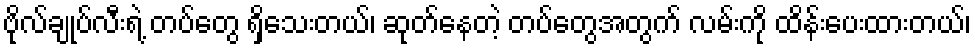
ဗိုလ်ချုပ်လီးရဲ့ တပ်တွေ ရှိသေးတယ်၊ ဆုတ်နေတဲ့ တပ်တွေအတွက် လမ်းကို ထိန်းပေးထားတယ်၊